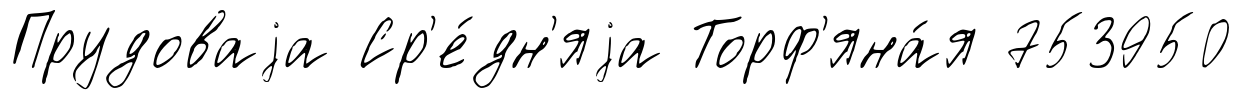
Прудоваjа Ср'е́дн'яjа Торф'яна́я 753950